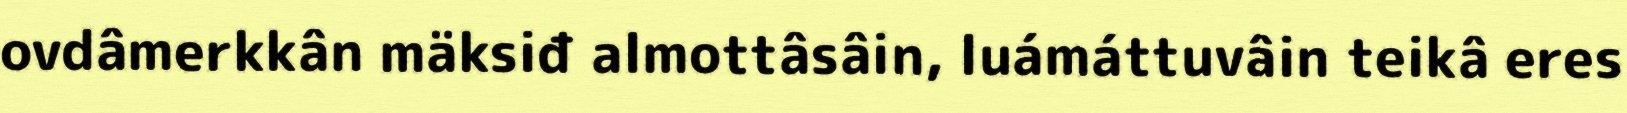
ovdâmerkkân mäksiđ almottâsâin, luámáttuvâin teikâ eres